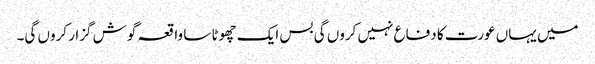
میں یہاں عورت کا دفاع نہیں کروں گی بس ایک چھوٹا سا واقعہ گوش گزار کروں گی۔